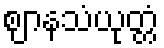
ဈာနသံယုတ္တံ